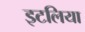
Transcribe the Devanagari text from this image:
इटलिया